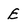
Character: e